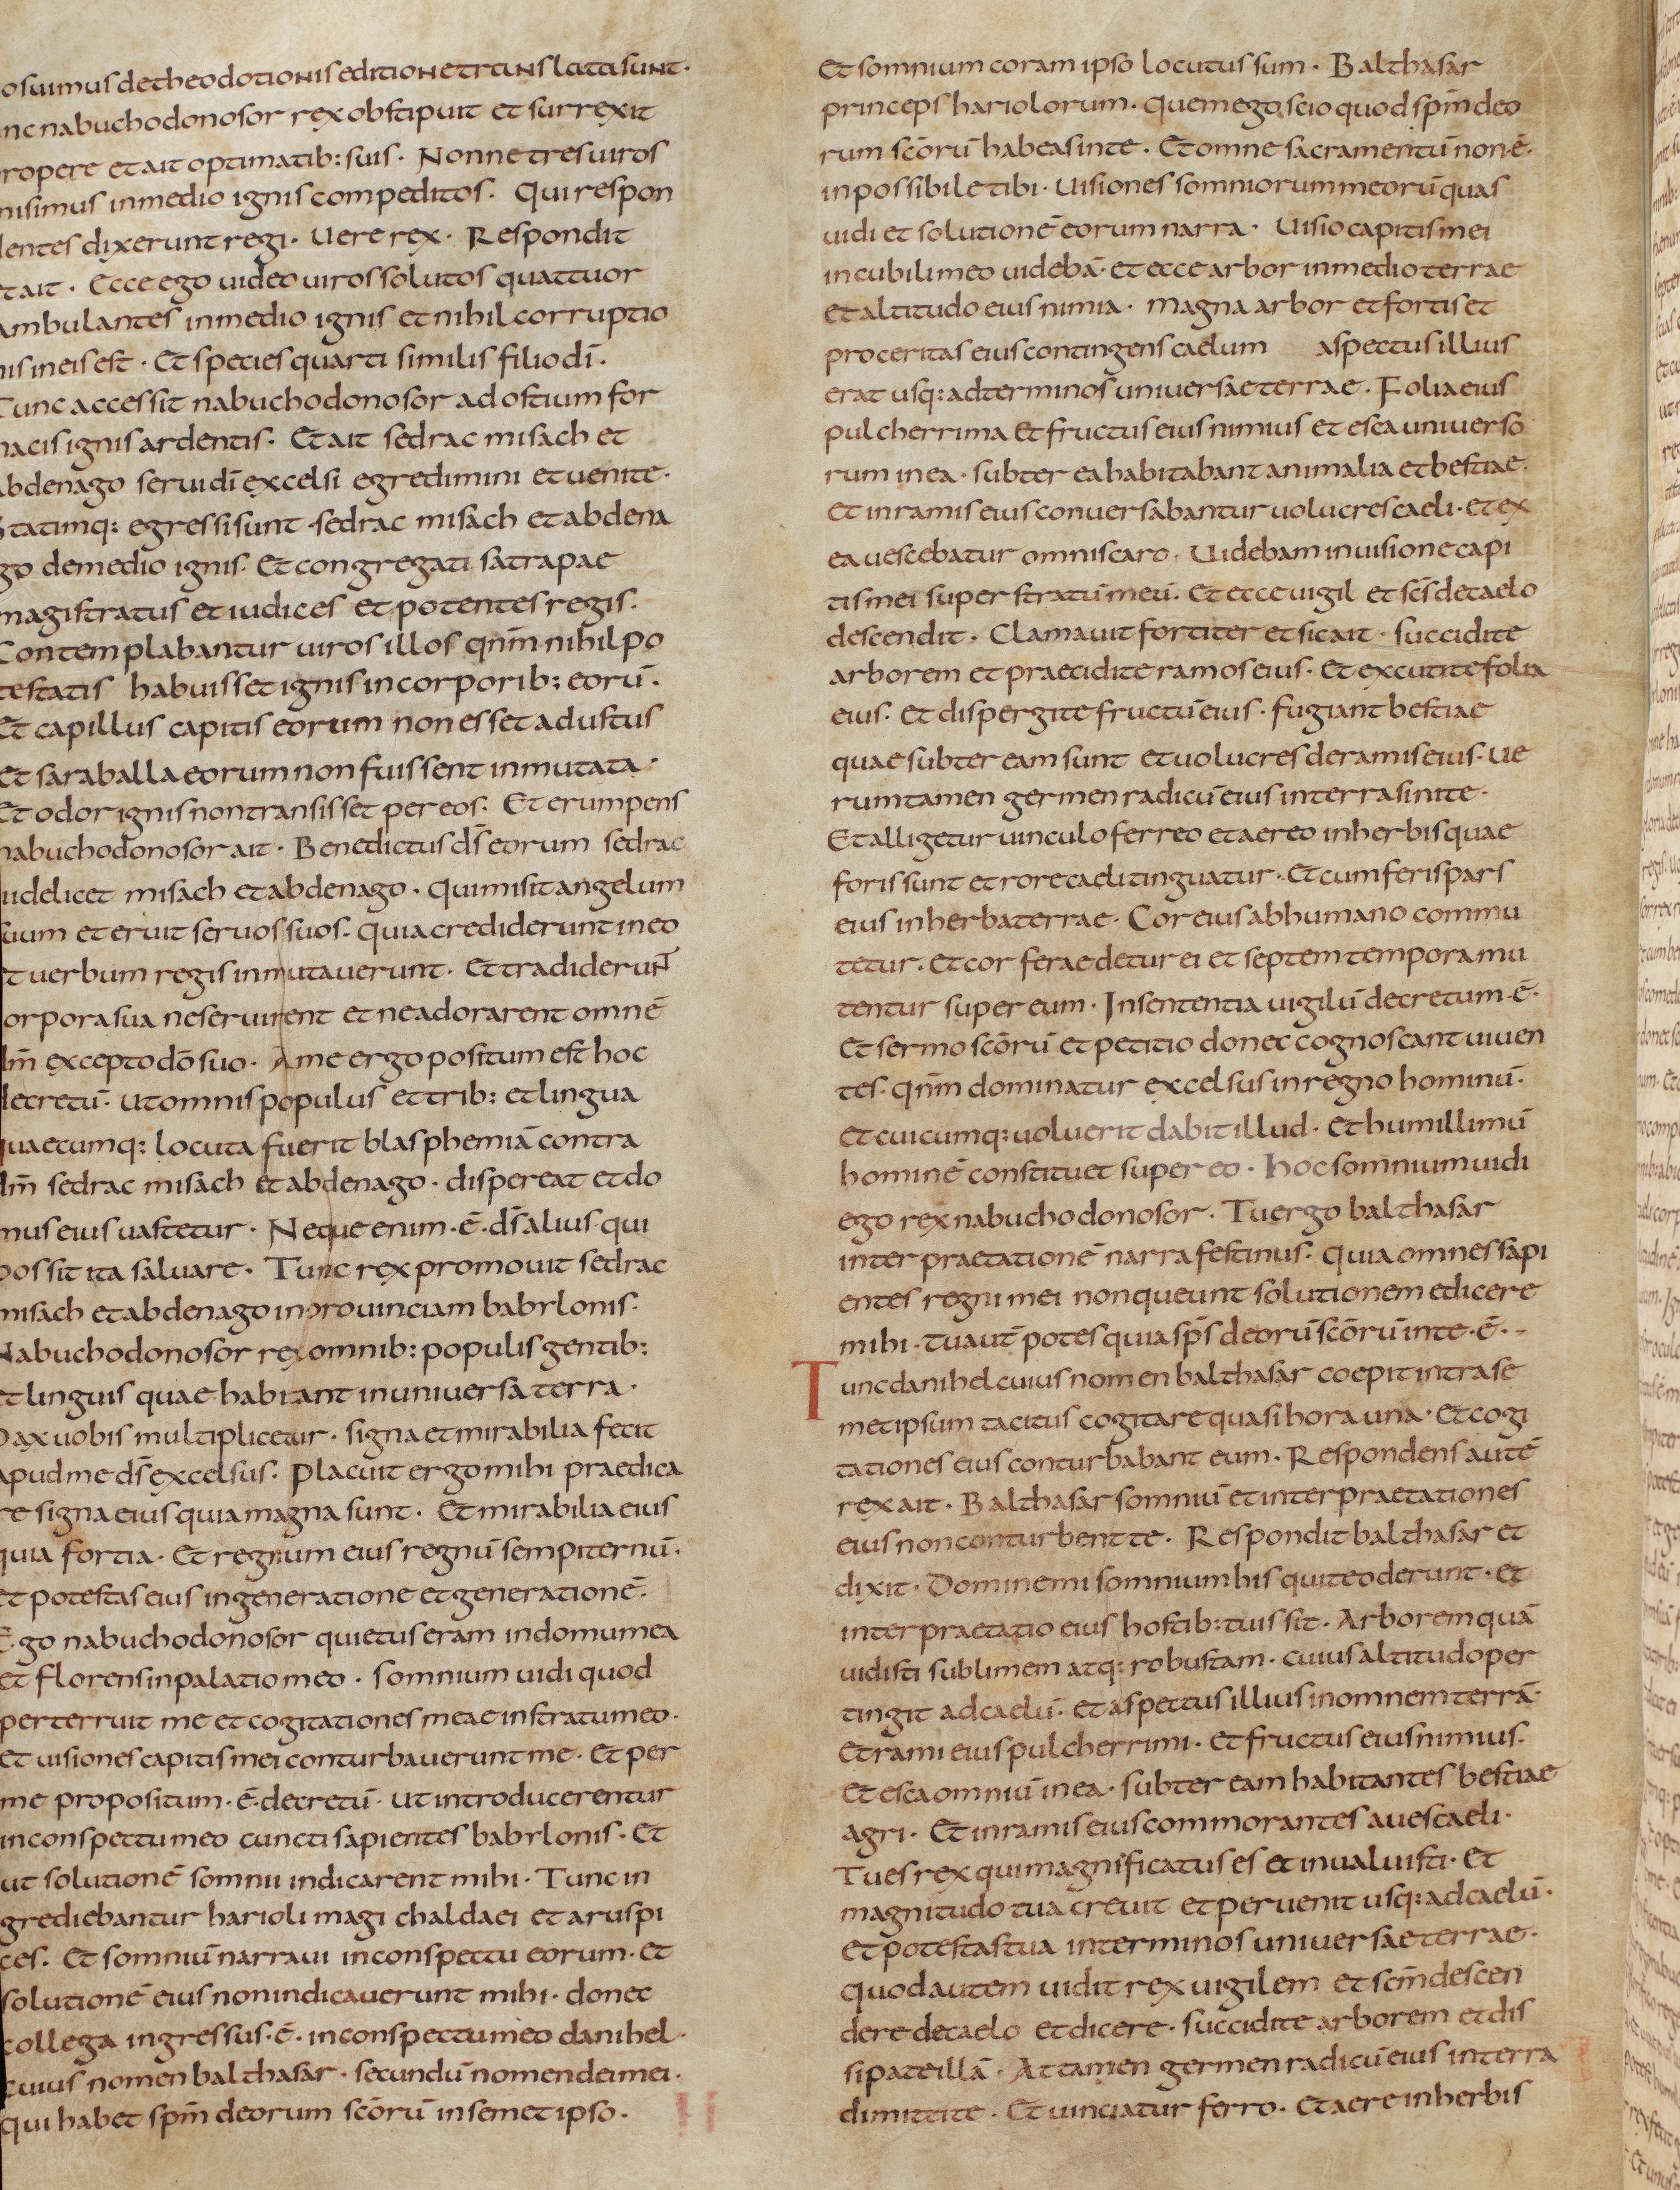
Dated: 805–845